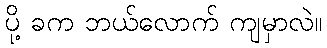
ပို့ ခက ဘယ်လောက် ကျမှာလဲ။